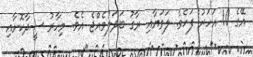
އޭގެ 10 އަހަރު ފަހެވެ. ލަވަޔާއި ރާގު ބަދަލުވެއްޖެ އެވެ. މިހާރު ސީދާކޮށާއި